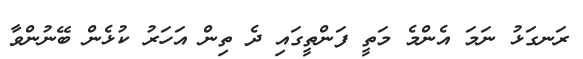
ރަނގަޅު ނަމަ އެންމެ މަތީ ފަންތީގައި ދެ ތިން އަހަރު ކުޅެން ބޭނުންވާ